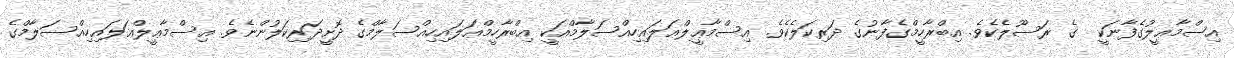
އިސްމާޢީލުގެފާނަކީ  ގެ ރަސޫލެކެވެ. އިބްރާހީމްގެފާނުގެ ދަރިކަލެކެވެ. އިސްމާޢީލްޢަލައިހިއްސަލާމްއަކީ އިބްރާހީމްޢަލައިހިއްސަލާމްގެ ދޮށީދަރިކަލުންނެވެ. އިސްމާޢީލްޢަލައިހިއްސަލާމްގެ